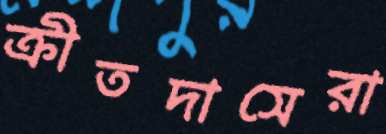
ক্রীতদাসেরা